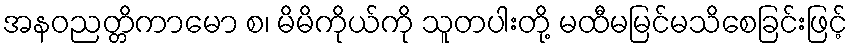
အနဝညတ္တိကာမော စ၊ မိမိကိုယ်ကို သူတပါးတို့ မထီမမြင်မသိစေခြင်းဖြင့်